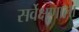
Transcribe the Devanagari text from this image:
सर्वेक्षणाला